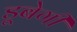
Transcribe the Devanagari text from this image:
डूबेगी